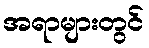
အရာများတွင်